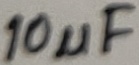
Text: 10µF